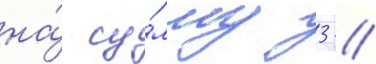
на́ су́мму 3 /